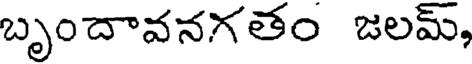
బృందావనగతం జలమ్,